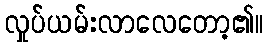
လှုပ်ယမ်းလာလေတော့၏။